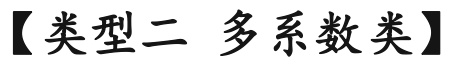
【类型二 多系数类】